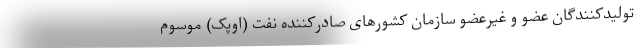
تولیدکنندگان عضو و غیرعضو سازمان کشورهای صادرکننده نفت (اوپک) موسوم